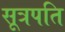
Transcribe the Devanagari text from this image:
सूत्रपति